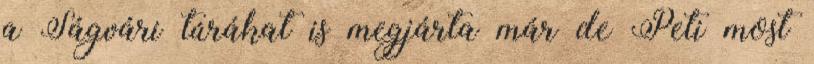
a Ságvári túrákat is megjárta már de Peti most